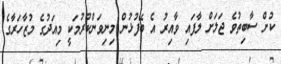
ކުށް ސާބިތުވެ ޖަލަށް ލާފައި ވާއިރު އެ ބޭފުޅުން މިނިވަންކުރުމަކީ މިއަދުގެ މުޒާހަރާގެ